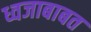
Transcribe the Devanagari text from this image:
ध्वजाबाबत